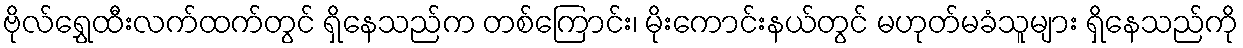
ဗိုလ်ရွှေထီးလက်ထက်တွင် ရှိနေသည်က တစ်ကြောင်း၊ မိုးကောင်းနယ်တွင် မဟုတ်မခံသူများ ရှိနေသည်ကို